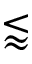
\lessapprox